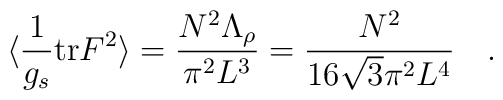
\langle \frac{1}{g_s} {\rm tr} F^2 \rangle =\frac{N^2 \Lambda_\rho}{\pi^2 L^3} = \frac{N^2}{16\sqrt{3}\pi^2 L^4}\quad.